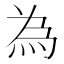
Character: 為